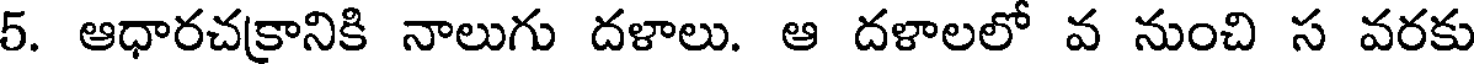
5. ఆధారచక్రానికి నాలుగు దళాలు. ఆ దళాలలో వ నుంచి స వరకు